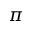
\pi